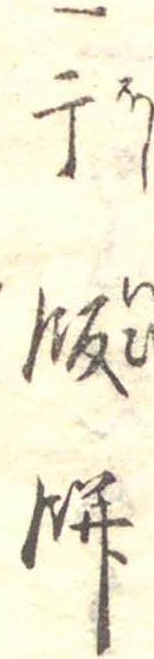
一干飯餅